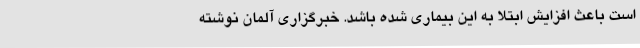
است باعث افزایش ابتلا به این بیماری شده باشد. خبرگزاری آلمان نوشته